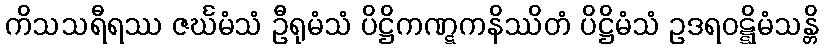
ကိသသရီရဿ ဇင်္ဃမံသံ ဦရုမံသံ ပိဋ္ဌိကဏ္ဋကနိဿိတံ ပိဋ္ဌိမံသံ ဥဒရဝဋ္ဋိမံသန္တိ